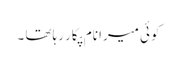
کوئی میرا نام پکار رہا تھا ۔